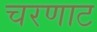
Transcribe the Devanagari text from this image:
चरणाट